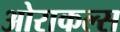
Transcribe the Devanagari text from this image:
ओराकल्स